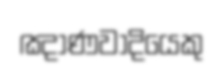
ඤාණවාදියෙකු